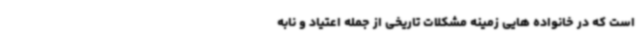
است که در خانواده هایی زمینه مشکلات تاریخی از جمله اعتیاد و نابه